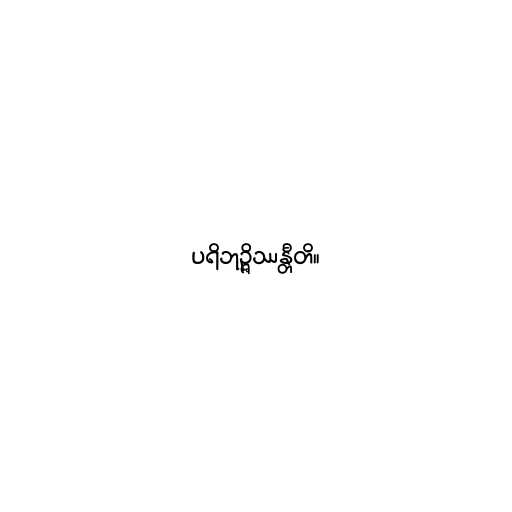
ပရိဘုဉ္ဇိဿန္တီတိ။